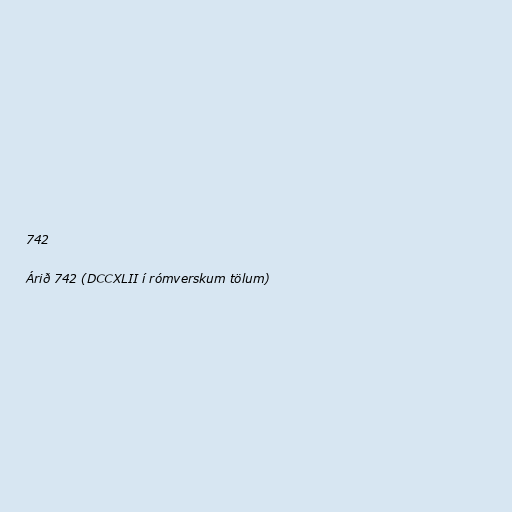
742

Árið 742 (DCCXLII í rómverskum tölum)